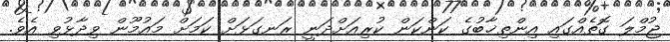
ޖުމްލަ ގޮތެއްގައި އިންތިޚާބުގެ ކަންކަން ކުރިއަށްދަނީ ރަނގަޅަށް ކަމަށް މައުމޫން ވިދާޅުވި އެވެ.